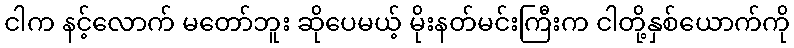
ငါက နင့်လောက် မတော်ဘူး ဆိုပေမယ့် မိုးနတ်မင်းကြီးက ငါတို့နှစ်ယောက်ကို